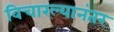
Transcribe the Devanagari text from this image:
विचारल्यानंतर